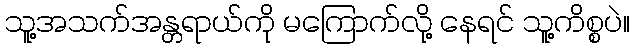
သူ့အသက်အန္တရာယ်ကို မကြောက်လို့ နေရင် သူ့ကိစ္စပဲ။